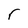
Character: r